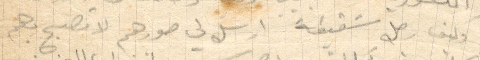
وكيف شفيقة ارسل لي صورهم لا تصبح بكم